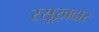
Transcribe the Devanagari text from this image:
रसूख़दार